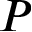
\b { P }